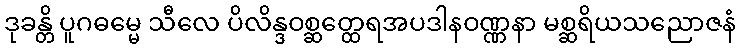
ဒုခန္တိ ပူဂဓမ္မေ သီလေ ပိလိန္ဒဝစ္ဆတ္ထေရအပဒါနဝဏ္ဏနာ မစ္ဆရိယသညောဇနံ